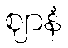
ဈာနံ